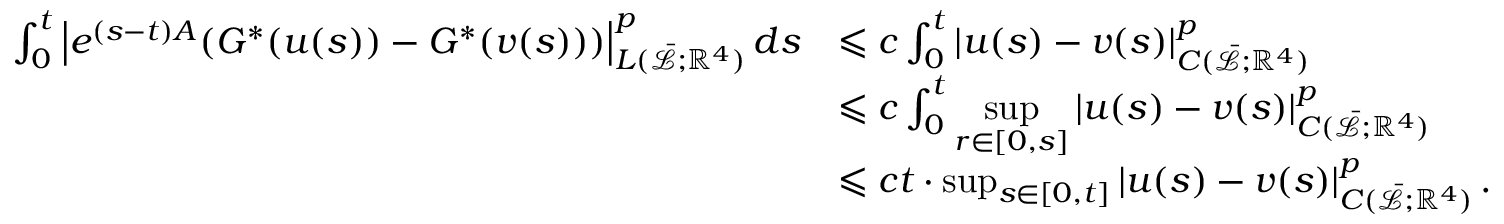
\begin{array} { r l } { \int _ { 0 } ^ { t } \left| e ^ { ( s - t ) A } ( G ^ { * } ( u ( s ) ) - G ^ { * } ( v ( s ) ) ) \right| _ { L ( \bar { \mathcal { L } } ; \mathbb { R } ^ { 4 } ) } ^ { p } d s } & { \leqslant c \int _ { 0 } ^ { t } \left| u ( s ) - v ( s ) \right| _ { C ( \bar { \mathcal { L } } ; \mathbb { R } ^ { 4 } ) } ^ { p } } \\ & { \leqslant c \int _ { 0 } ^ { t } \displaystyle \operatorname* { s u p } _ { r \in [ 0 , s ] } \left| u ( s ) - v ( s ) \right| _ { C ( \bar { \mathcal { L } } ; \mathbb { R } ^ { 4 } ) } ^ { p } } \\ & { \leqslant c t \cdot \operatorname* { s u p } _ { s \in [ 0 , t ] } \left| u ( s ) - v ( s ) \right| _ { C ( \bar { \mathcal { L } } ; \mathbb { R } ^ { 4 } ) } ^ { p } . } \end{array}